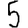
Digit: 5